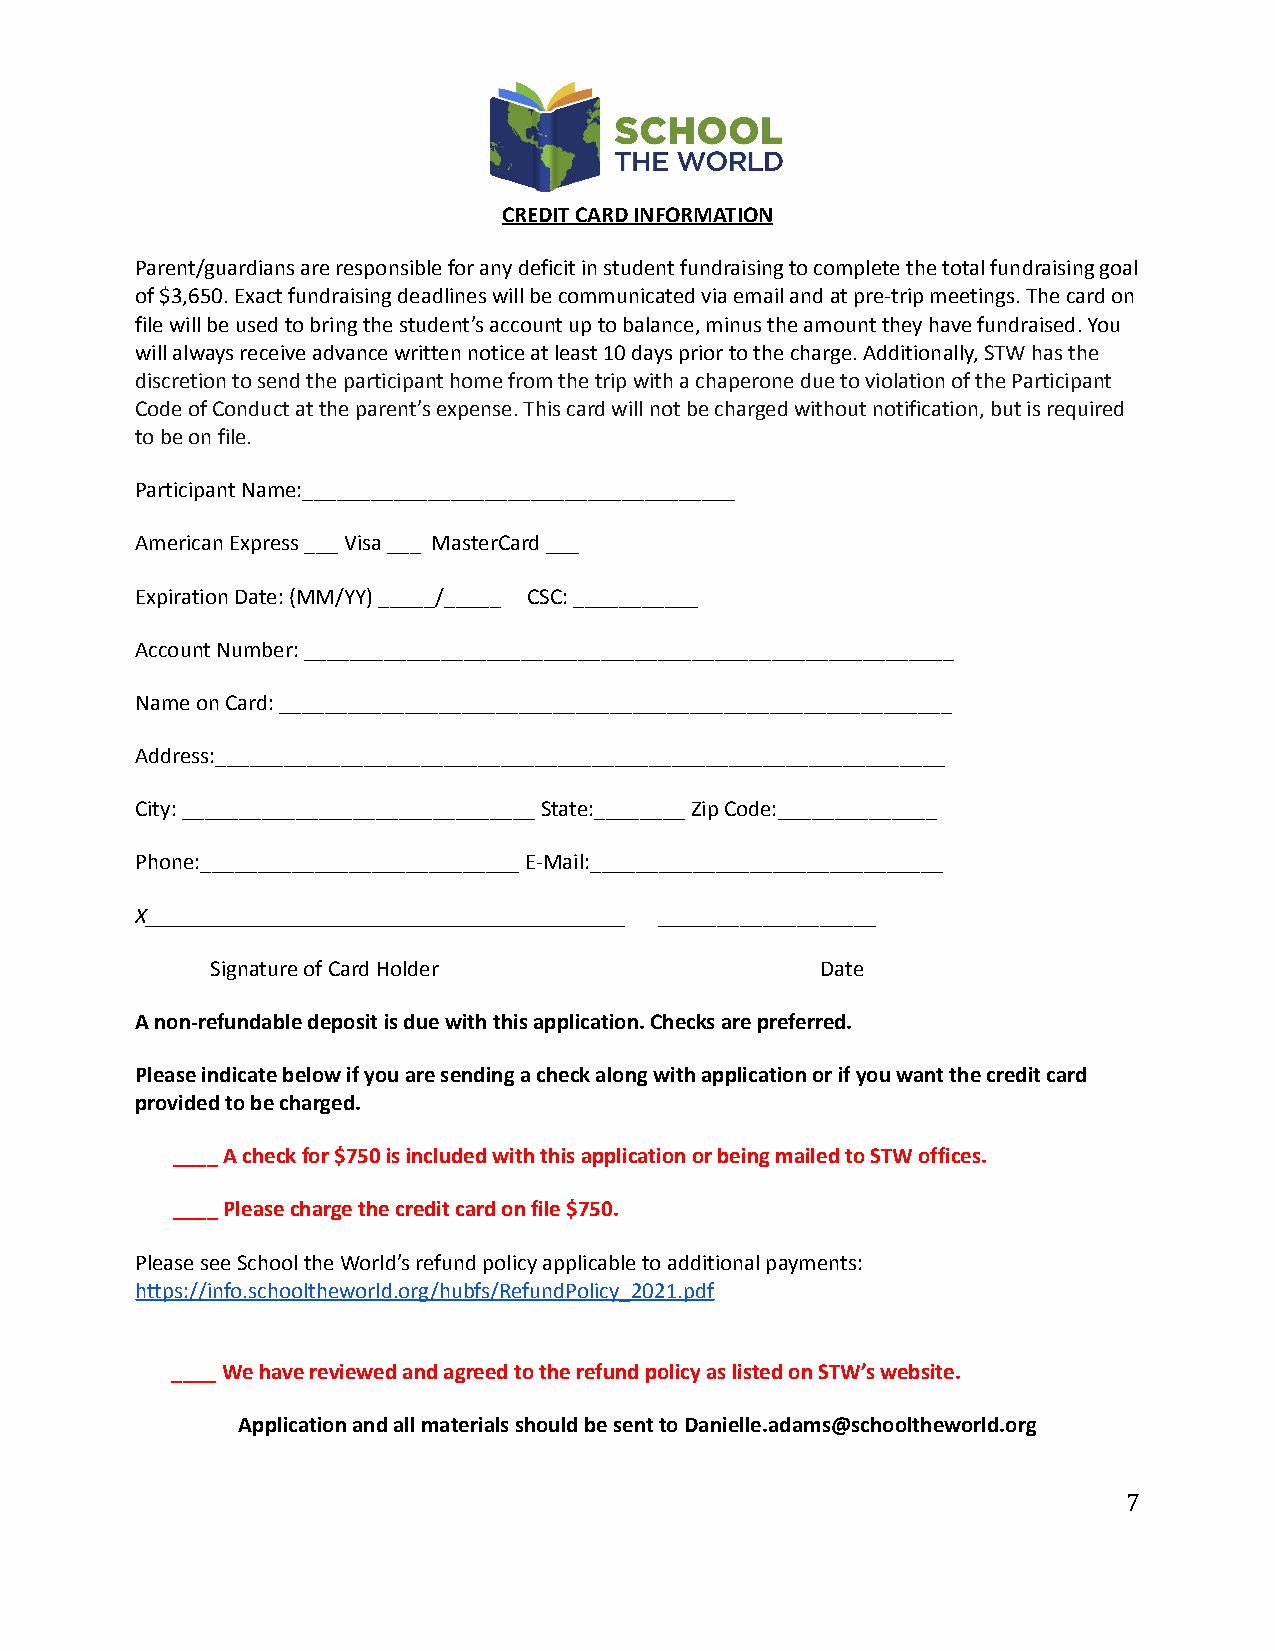
CREDIT CARD INFORMATION
 Parent/guardians are responsible for any deficit in student fundraising to complete the total fundraising goal
 of $3,650. Exact fundraising deadlines will be communicated via email and at pre-trip meetings. The card on
 file will be used to bring the student’s account up to balance, minus the amount they have fundraised. You
 will always receive advance written notice at least 10 days prior to the charge. Additionally,STW hasthe
 discretion to send the participant home from the trip with a chaperone due to violation of the Participant
 Code of Conduct at the parent’s expense. This card will not be charged without notification, but is required
 to be on file.
 Participant Name:______________________________________
 American Express ___ Visa ___ MasterCard ___
 Expiration Date: (MM/YY) _____/_____ CSC: ___________
 Account Number: _________________________________________________________
 Name on Card: ___________________________________________________________
 Address:________________________________________________________________
 City: _______________________________ State:________ Zip Code:______________
 Phone:____________________________ E-Mail:_______________________________
 X__________________________________________ ___________________
 Signature of Card Holder                Date
 A non-refundable deposit is due with this application. Checks are preferred.
 Please indicate below if you are sending a check along with application or if you want the credit card
 provided to be charged.
 ____ A check for $750 is included with this application or being mailed to STW offices.
 ____ Please charge the credit card on file $750.
 Please see School the World’s refund policy applicable to additional payments:
 https://info.schooltheworld.org/hubfs/RefundPolicy_2021.pdf
 ____ We have reviewed and agreed to the refundpolicy as listed on STW’s website.
 Application and all materials should be sent to Danielle.adams@schooltheworld.org
 7